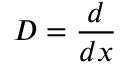
D = { \frac { d } { d x } }